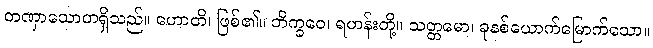
တဏှာသောတရှိသည်။ ဟောတိ၊ ဖြစ်၏။ ဘိက္ခဝေ၊ ရဟန်းတို့။ သတ္တမော၊ ခုနစ်ယောက်မြောက်သော။